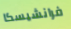
فرانشيسكا